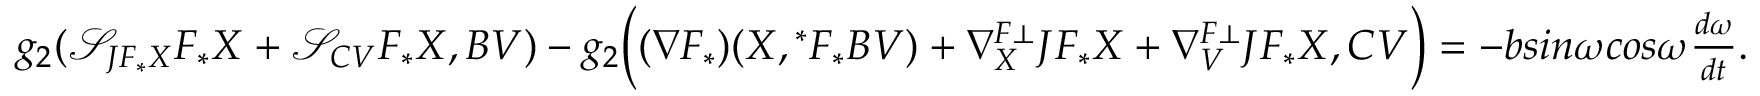
\begin{array} { l l } { g _ { 2 } ( \mathcal { S } _ { J F _ { \ast } X } F _ { \ast } X + \mathcal { S } _ { C V } F _ { \ast } X , B V ) - g _ { 2 } \Big ( ( \nabla F _ { \ast } ) ( X , { ^ \ast } F _ { \ast } B V ) + \nabla _ { X } ^ { F \bot } J F _ { \ast } X + \nabla _ { V } ^ { F \bot } J F _ { \ast } X , C V \Big ) = - b s i n \omega c o s \omega \frac { d \omega } { d t } . } \end{array}